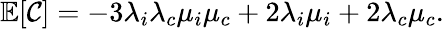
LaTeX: \mathbb{E}[\mathcal{C}]=-3\lambda_{i}\lambda_{c}\mu_{i}\mu_{c}+2\lambda_{i}\mu_{i}+2\lambda_{c}\mu_{c}.